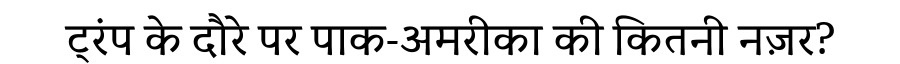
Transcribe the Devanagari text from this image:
ट्रंप के दौरे पर पाक-अमरीका की कितनी नज़र?